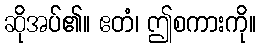
ဆိုအပ်၏။ ဧတံ၊ ဤစကားကို။